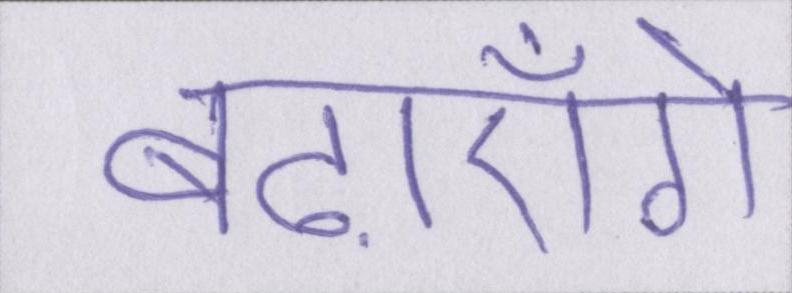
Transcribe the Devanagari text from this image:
बढ़ाएँगे